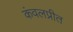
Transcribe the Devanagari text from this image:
कंवलप्रीत